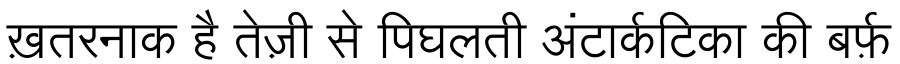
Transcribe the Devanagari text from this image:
ख़तरनाक है तेज़ी से पिघलती अंटार्कटिका की बर्फ़